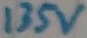
Text: 135v